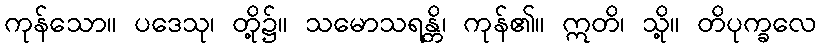
ကုန်သော။ ပဒေသု၊ တို့၌။ သမောသရန္တိ၊ ကုန်၏။ ဣတိ၊ သို့။ တိပုက္ခလေ